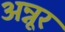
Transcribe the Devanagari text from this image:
अन्नूर